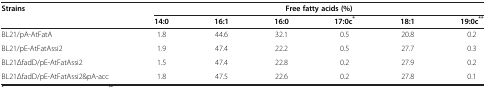
<table><thead><tr><td rowspan="2"><b>Strains</b></td><td colspan="6"><b>Free fatty acids (%)</b></td></tr><tr><td><b>14:0</b></td><td><b>16:1</b></td><td><b>16:0</b></td><td><b>17:0c<sup>*</sup></b></td><td><b>18:1</b></td><td><b>19:0c<sup>**</sup></b></td></tr></thead><tbody><tr><td>BL21/pA-AtFatA</td><td>1.8</td><td>44.6</td><td>32.1</td><td>0.5</td><td>20.8</td><td>0.2</td></tr><tr><td>BL21/pE-AtFatAssi2</td><td>1.9</td><td>47.4</td><td>22.2</td><td>0.5</td><td>27.7</td><td>0.3</td></tr><tr><td>BL21ΔfadD/pE-AtFatAssi2</td><td>1.5</td><td>47.4</td><td>22.8</td><td>0.2</td><td>27.9</td><td>0.2</td></tr><tr><td>BL21ΔfadD/pE-AtFatAssi2&amp;pA-acc</td><td>1.8</td><td>47.5</td><td>22.6</td><td>0.2</td><td>27.8</td><td>0.1</td></tr></tbody></table>